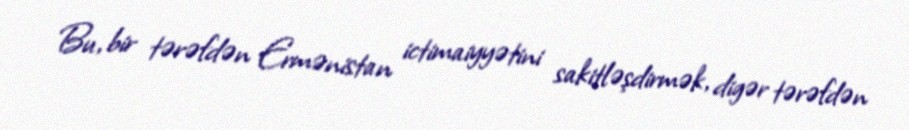
Bu, bir tərəfdən Ermənistan ictimaiyyətini sakitləşdirmək, digər tərəfdən